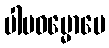
ပါပဓမ္မောပေ